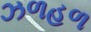
ઝળહળ